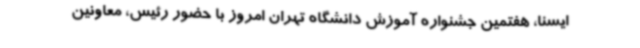
ایسنا، هفتمین جشنواره آموزش دانشگاه تهران امروز با حضور رئیس، معاونین